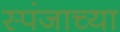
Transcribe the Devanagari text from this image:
स्पंजाच्या